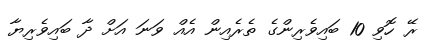
ރޭ ހޮވި 10 ބައިވެރިންގެ ތެރެއިން އެއް ވަނަ އަށް ދާ ބައިވެރިޔާ